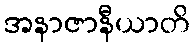
အနာဇာနီယာတိ